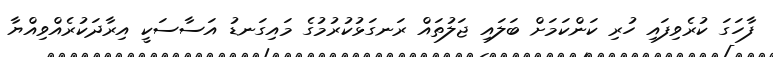
ފާހަގަ ކުރެވިފައި ހުރި ކަންކަމަށް ބަލައި ޖަލުތައް ރަނގަޅުކުރުމުގެ މައިގަނޑު އަސާސަކީ އިރާދަކުރެއްވިއްޔާ